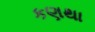
કણથા